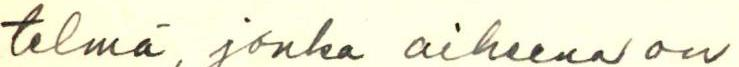
telmä, jonka aiheena on